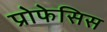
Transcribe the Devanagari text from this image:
प्रोफेसिस